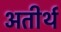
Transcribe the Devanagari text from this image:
अतीर्थ